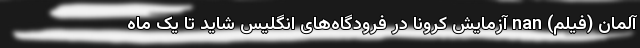
آلمان (فیلم) nan آزمایش کرونا در فرودگاه‌های انگلیس شاید تا یک ماه